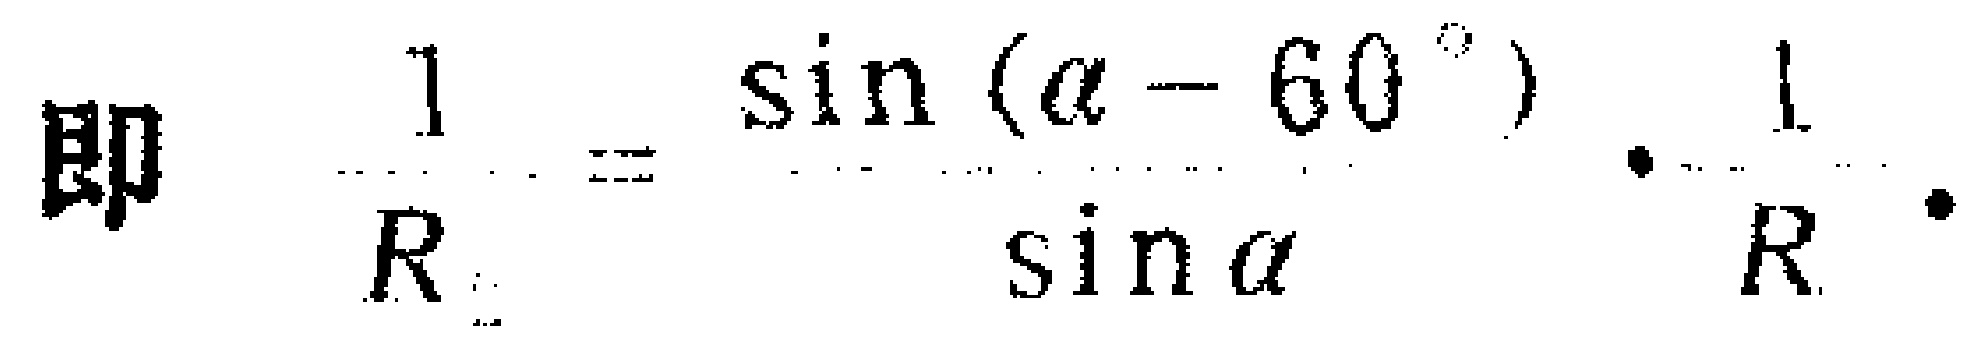
即 \(\frac{1}{R}=\frac{\sin(\alpha - 60^{\circ})}{\sin\alpha}\cdot\frac{1}{R}\)